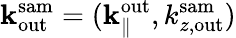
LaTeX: {\mathbf k}_{\mathrm{out}}^{\mathrm{sam}}=({\mathbf k}_{\parallel}^{\mathrm{out}},k_{z,\mathrm{out}}^{\mathrm{sam}})